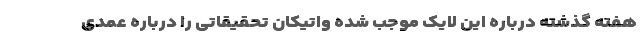
هفته گذشته درباره این لایک موجب شده واتیکان تحقیقاتی را درباره عمدی